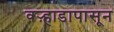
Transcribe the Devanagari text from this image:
वऱ्हाडापासून